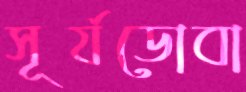
সূর্যডোবা